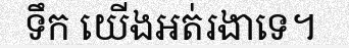
ទឹក យើងអត់រងាទេ។